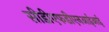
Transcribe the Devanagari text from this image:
सीडीएफडीएनआईआई